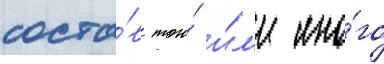
соста́в того́ и́л'и ино́го